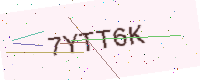
Text: 7YTT6K